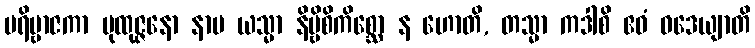
ပရိဗ္ဗာဇကာ ပုထုဇ္ဇနော နာမ ယသ္မာ နိဗ္ဗိစိကိစ္ဆော န ဟောတိ, တသ္မာ ကဒါစိ ဧဝံ ဝဒေယျာတိ